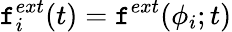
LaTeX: \mathtt{f}_{i}^{ext}(t)=\mathtt{f}^{ext}(\phi_{i};t)